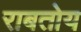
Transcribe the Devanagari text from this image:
राबतोय